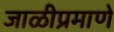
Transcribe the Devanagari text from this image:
जाळीप्रमाणे